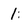
Character: 1